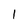
Character: l